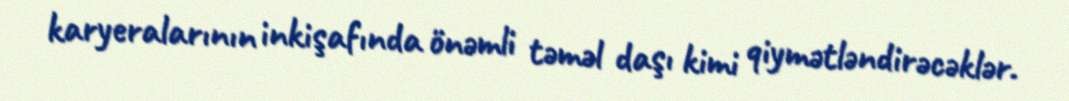
karyeralarının inkişafında önəmli təməl daşı kimi qiymətləndirəcəklər.